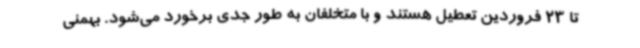
تا 23 فروردین تعطیل هستند و با متخلفان به طور جدی برخورد می‌شود. بهمنی